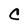
Character: C